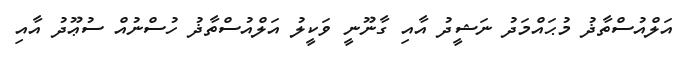
އަލްއުސްތާޛު މުޙައްމަދު ނަޝީދު އާއި ގާނޫނީ ވަކީލު އަލްއުސްތާޛު ހުސްނުއް ސުޢޫދު އާއި